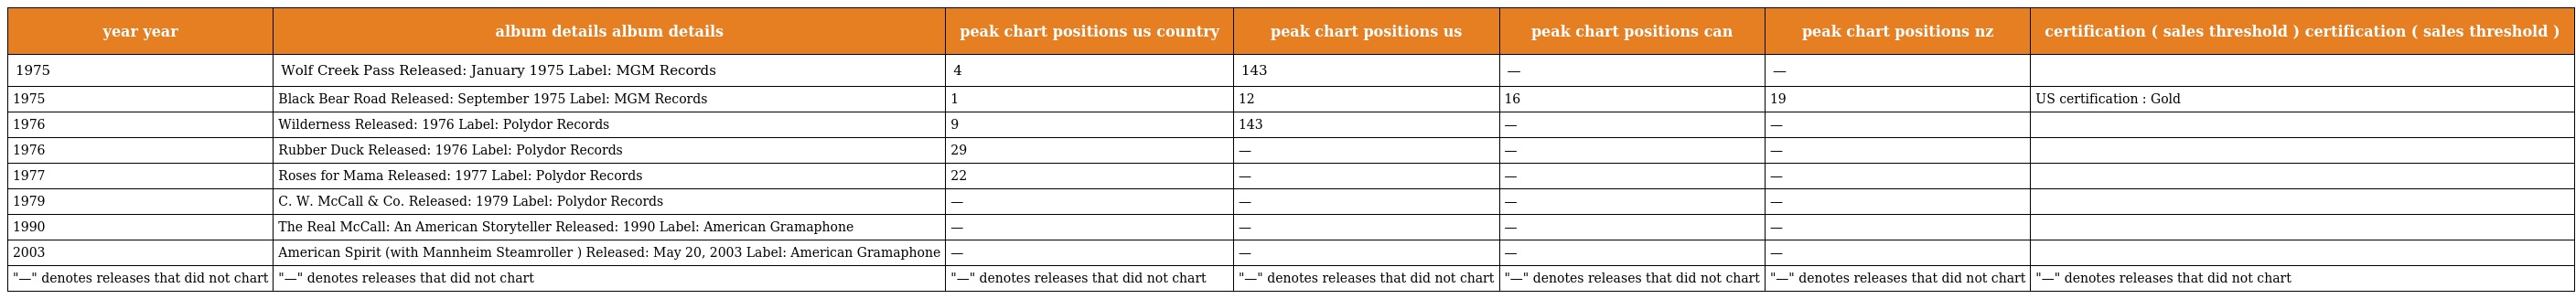
| year year | album details album details | peak chart positions us country | peak chart positions us | peak chart positions can | peak chart positions nz | certification ( sales threshold ) certification ( sales threshold ) |
 | --- | --- | --- | --- | --- | --- | --- |
 | 1975 | Wolf Creek Pass Released: January 1975 Label: MGM Records | 4 | 143 | — | — |  |
 | 1975 | Black Bear Road Released: September 1975 Label: MGM Records | 1 | 12 | 16 | 19 | US certification : Gold |
 | 1976 | Wilderness Released: 1976 Label: Polydor Records | 9 | 143 | — | — |  |
 | 1976 | Rubber Duck Released: 1976 Label: Polydor Records | 29 | — | — | — |  |
 | 1977 | Roses for Mama Released: 1977 Label: Polydor Records | 22 | — | — | — |  |
 | 1979 | C. W. McCall & Co. Released: 1979 Label: Polydor Records | — | — | — | — |  |
 | 1990 | The Real McCall: An American Storyteller Released: 1990 Label: American Gramaphone | — | — | — | — |  |
 | 2003 | American Spirit (with Mannheim Steamroller ) Released: May 20, 2003 Label: American Gramaphone | — | — | — | — |  |
 | "—" denotes releases that did not chart | "—" denotes releases that did not chart | "—" denotes releases that did not chart | "—" denotes releases that did not chart | "—" denotes releases that did not chart | "—" denotes releases that did not chart | "—" denotes releases that did not chart |